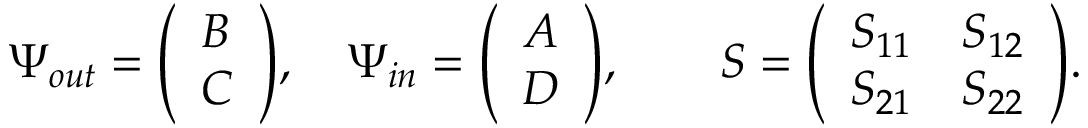
\Psi _ { o u t } = { \left( \begin{array} { l } { B } \\ { C } \end{array} \right) } , \quad \Psi _ { i n } = { \left( \begin{array} { l } { A } \\ { D } \end{array} \right) } , \qquad S = { \left( \begin{array} { l l } { S _ { 1 1 } } & { S _ { 1 2 } } \\ { S _ { 2 1 } } & { S _ { 2 2 } } \end{array} \right) } .